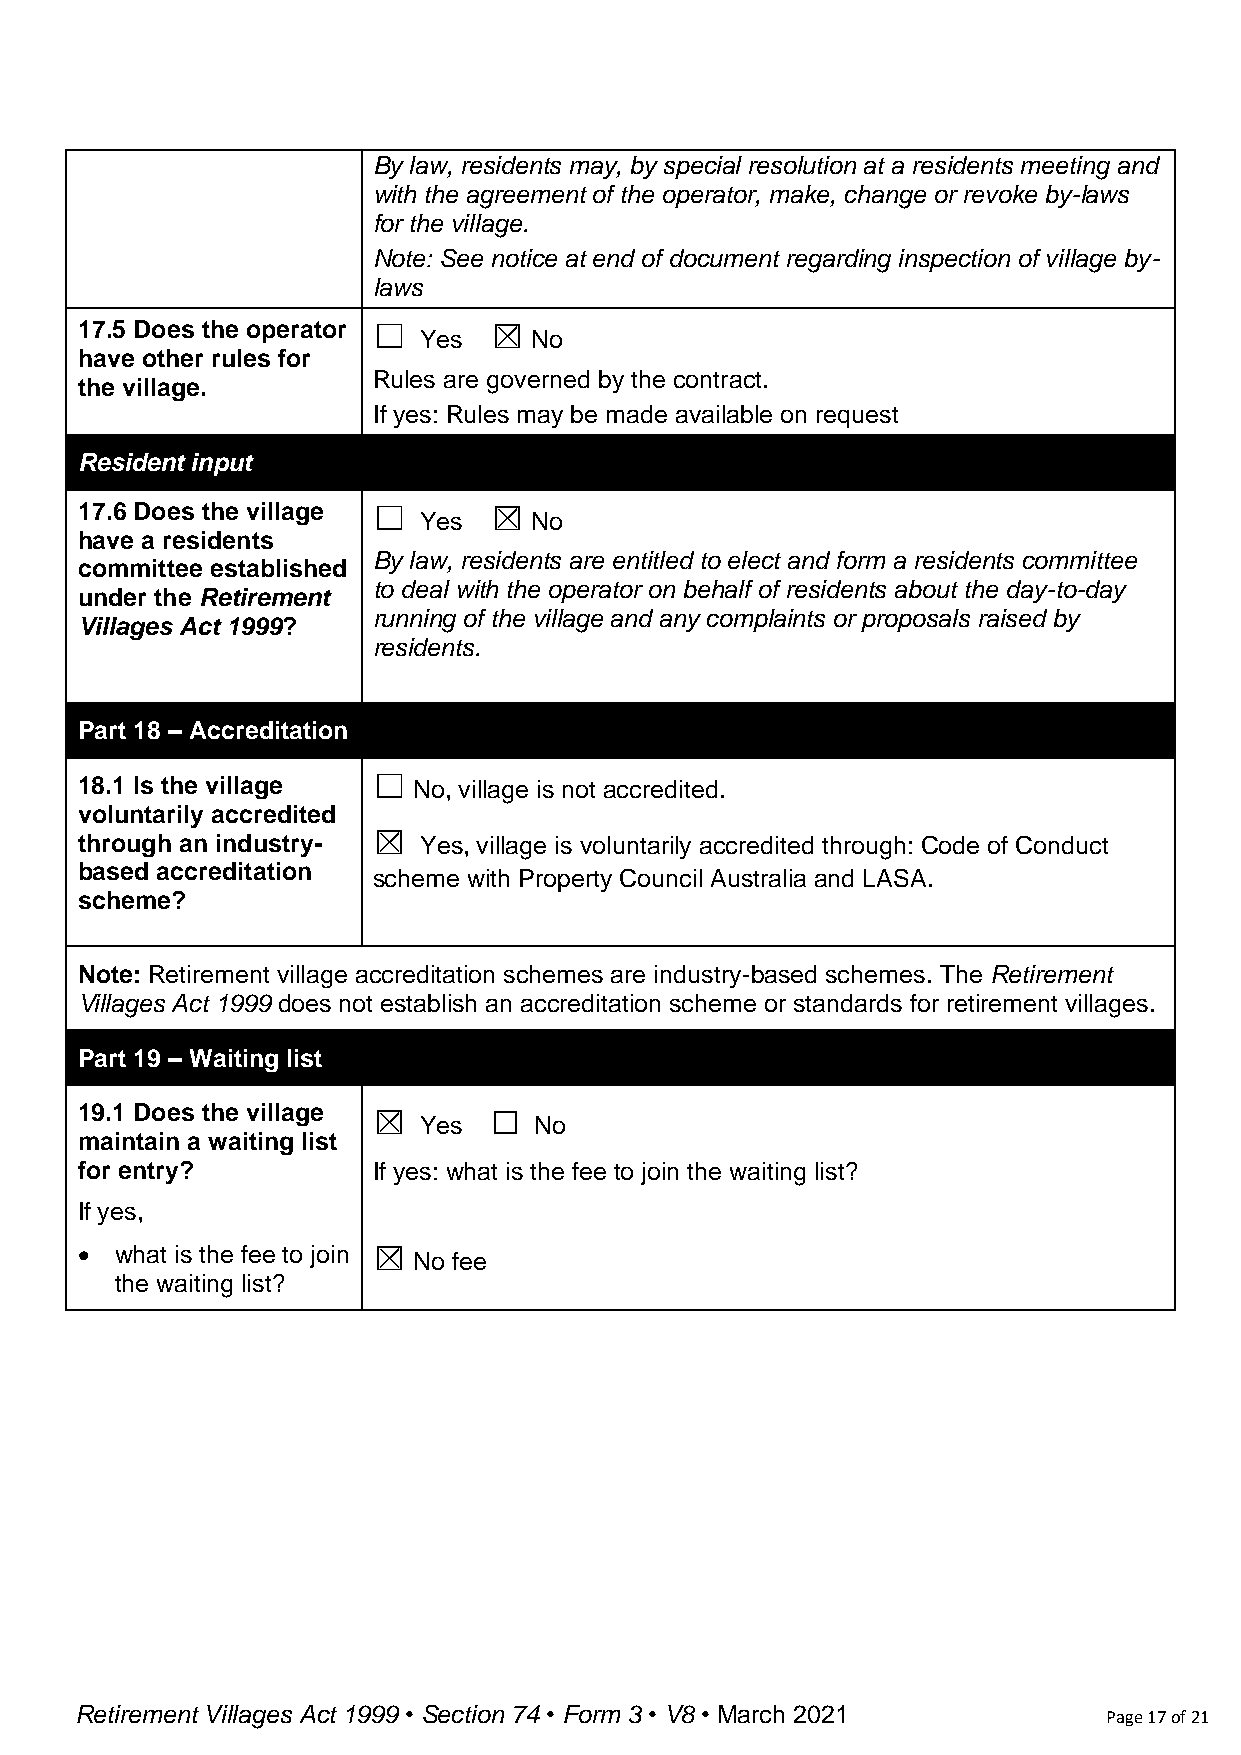
By law, residents may, by special resolution at a residents meeting and
 with the agreement of the operator, make, change or revoke by-laws
 for the village.
 Note: See notice at end of document regarding inspection of village by-
 laws
 17.5 Does the operator ☐   ☒
 Yes    No
 have other rules for
 Rules are governed by the contract.
 the village.
 If yes: Rules may be made available on request
 Resident input
 17.6 Does the village ☐    ☒
 Yes    No
 have a residents
 By law, residents are entitled to elect and form a residents committee
 committee established
 to deal with the operator on behalf of residents about the day-to-day
 under the Retirement
 running of the village and any complaints or proposals raised by
 Villages Act 1999?
 residents.
 Part 18 – Accreditation
 18.1 Is the village ☐ No, village is not accredited.
 voluntarily accredited
 ☒
 through an industry-   Yes, village is voluntarily accredited through: Code of Conduct
 based accreditation
 scheme with Property Council Australia and LASA.
 scheme?
 Note: Retirement village accreditation schemes are industry-based schemes. The Retirement
 Villages Act 1999 does not establish an accreditation scheme or standards for retirement villages.
 Part 19 – Waiting list
 19.1 Does the village ☒    ☐
 Yes    No
 maintain a waiting list
 for entry?          If yes: what is the fee to join the waiting list?
 If yes,
 •  what is the fee to join ☒
 No fee
 the waiting list?
 Retirement Villages Act 1999 • Section 74 • Form 3 • V8 • March 2021 Page 17 of 21